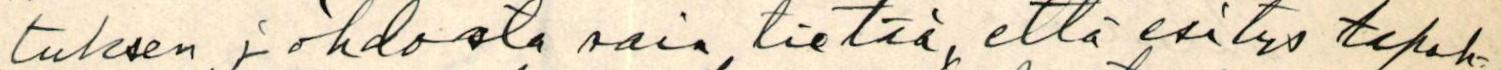
tuksen johdosta sain tietää, että esitys tapah-